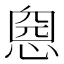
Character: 𢝏